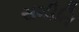
સમીતિ